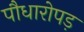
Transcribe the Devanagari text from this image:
पौधारोपड़